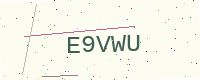
Text: E9VWU